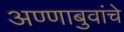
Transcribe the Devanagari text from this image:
अण्णाबुवांचे